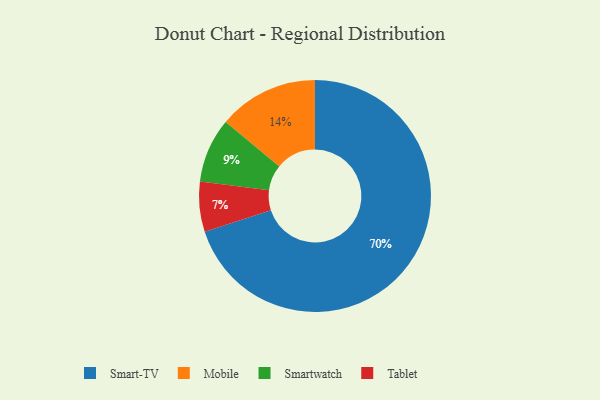
{"axis": {"x": "Category", "y": "Percentage"}, "legend": ["Mobile", "Smart-TV", "Smartwatch", "Tablet"], "data": [{"x": "Mobile", "y": 14, "type": "Mobile"}, {"x": "Smartwatch", "y": 9, "type": "Smartwatch"}, {"x": "Tablet", "y": 7, "type": "Tablet"}, {"x": "Smart-TV", "y": 70, "type": "Smart-TV"}]}